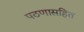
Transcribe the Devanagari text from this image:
पठणासहित